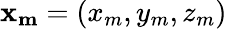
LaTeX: \mathbf{x_{m}}=(x_{m},y_{m},z_{m})